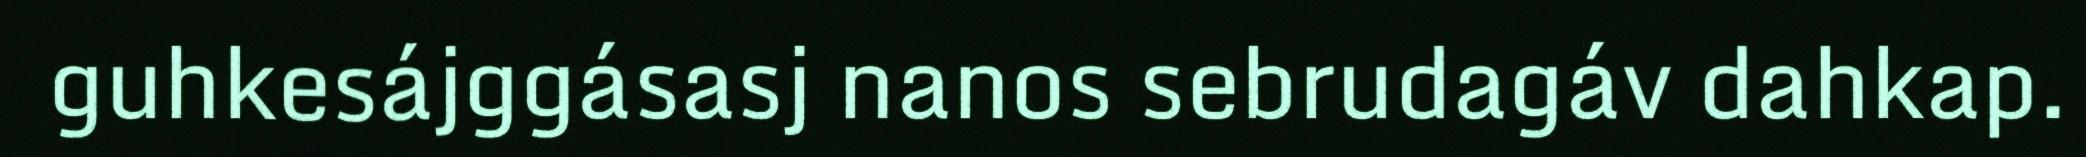
guhkesájggásasj nanos sebrudagáv dahkap.